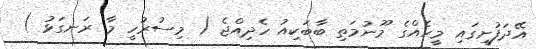
އޭދަފުށީގައި މީހެއްގެ މޫނުމަތި ބާބަކިއު ހެދިއްޖެ ( މިސުރުހީ މާ ރަނގަޅު )